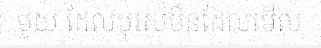
មួយ ដែលបុរសមិនដែលមើល